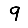
Digit: 9